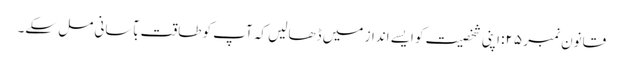
قانون نمبر ۲۵: اپنی شخصیت کو ایسے انداز میں ڈھالیں کہ آپ کو طاقت بآسانی مل سکے۔